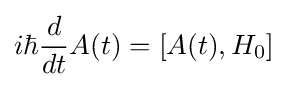
i\hbar {\frac {d}{dt}}A(t)=[A(t),H_{0}]